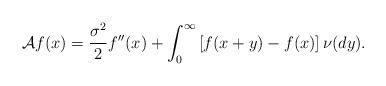
LaTeX: \begin{align*}{\cal A}f(x)={\sigma^2\over 2}f''(x) +\int_0^\infty \left[f(x+y)-f(x)\right]\nu(dy).\end{align*}